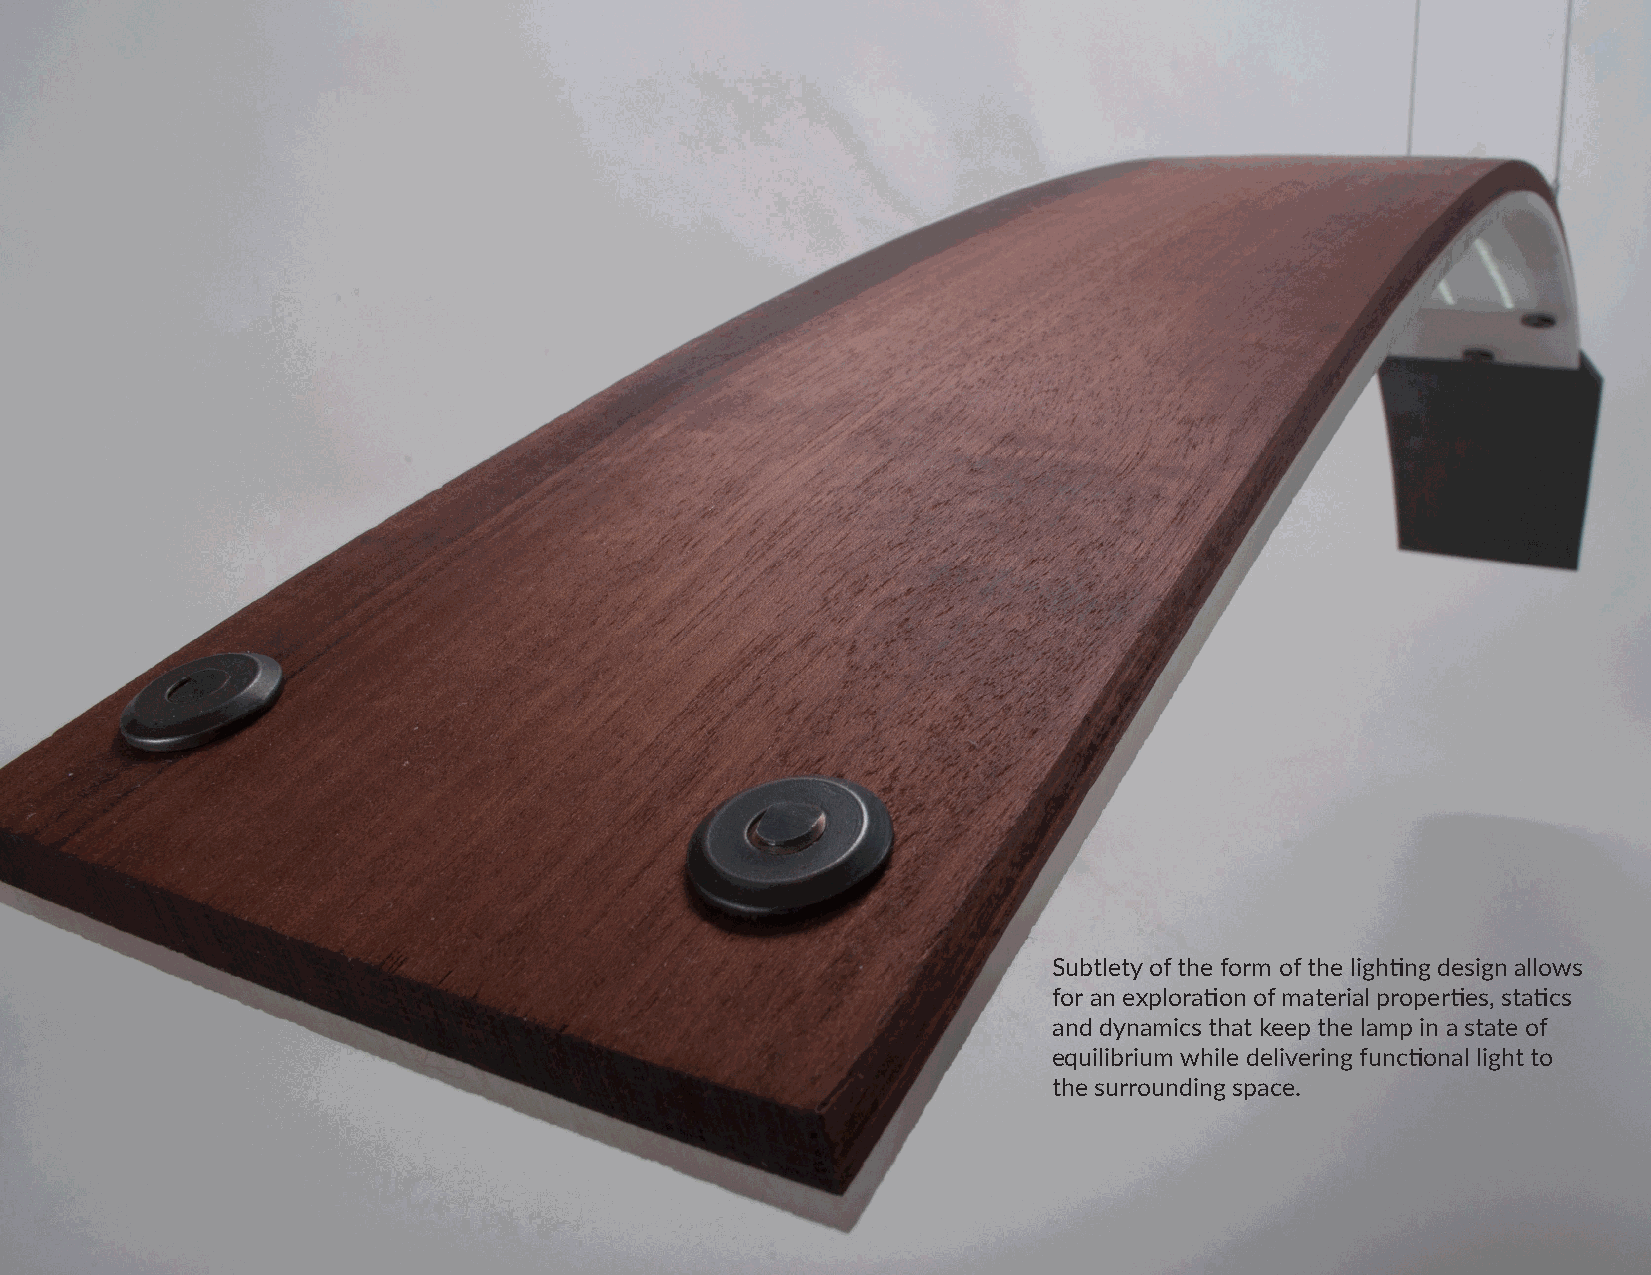
Subtlety of the form of the lighting design allows
 for an exploration of material properties, statics
 and dynamics that keep the lamp in a state of
 equilibrium while delivering functional light to
 the surrounding space.